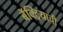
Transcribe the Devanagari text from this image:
बॅक्ट्रियाची